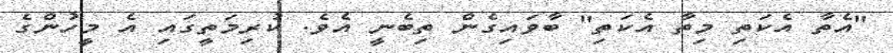
"އެތާ އެކަތި މިތާ އެކަތި" ބާވައިގެން ތިބެނީ އެވެ. ކުރިމަތީގައި އެ މީހުންގެ